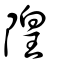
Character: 隍